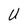
Character: U